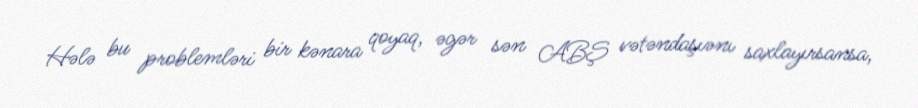
Hələ bu problemləri bir kənara qoyaq, əgər sən ABŞ vətəndaşıənı saxlayırsansa,